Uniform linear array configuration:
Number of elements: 12
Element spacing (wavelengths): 1
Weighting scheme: exponential
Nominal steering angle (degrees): -15
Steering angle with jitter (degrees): -16.664
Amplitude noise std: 0.05
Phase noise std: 0.05

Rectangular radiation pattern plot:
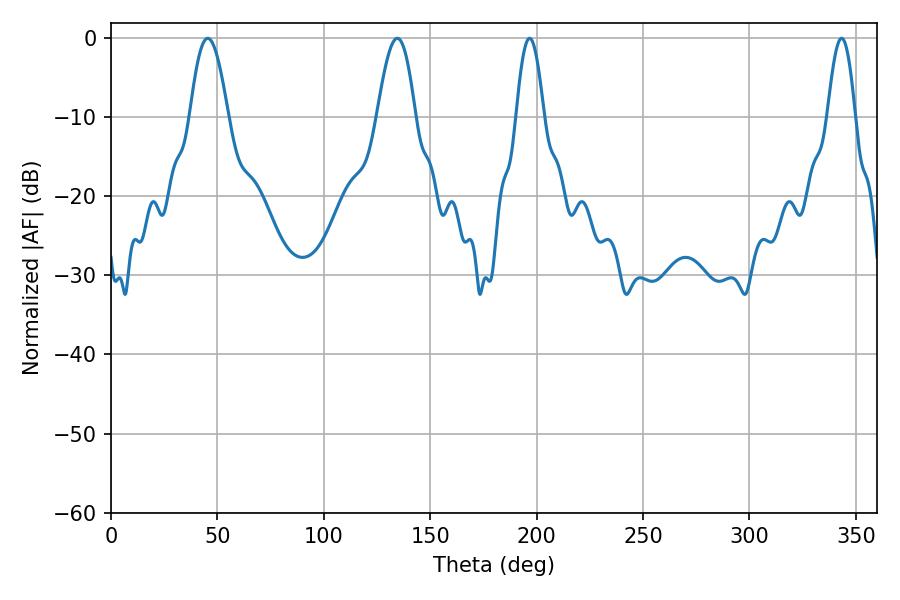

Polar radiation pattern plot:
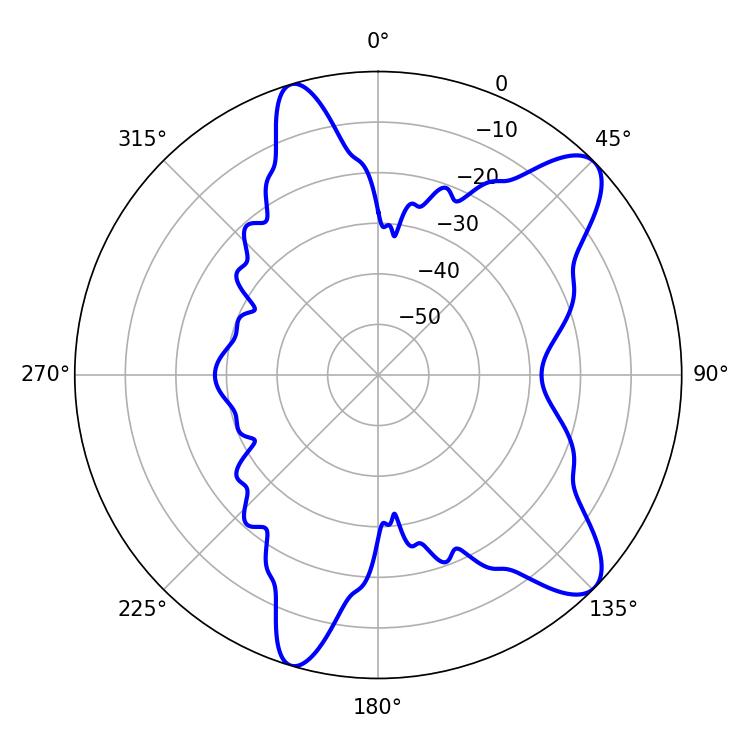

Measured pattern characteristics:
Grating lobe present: TRUE
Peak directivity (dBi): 10.095
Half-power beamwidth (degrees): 7.02
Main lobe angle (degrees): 196.74